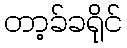
တာ့ခ်ခရိုင်